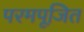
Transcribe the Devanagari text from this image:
परमपूजित